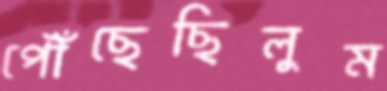
পৌঁছেছিলুম